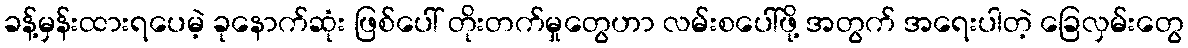
ခန့်မှန်းထားရပေမဲ့ ခုနောက်ဆုံး ဖြစ်ပေါ် တိုးတက်မှုတွေဟာ လမ်းစပေါ်ဖို့ အတွက် အရေးပါတဲ့ ခြေလှမ်းတွေ